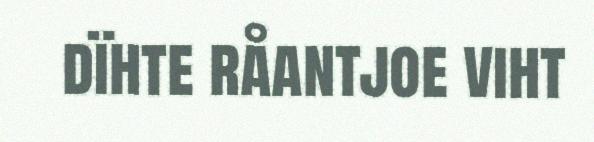
dïhte råantjoe viht